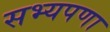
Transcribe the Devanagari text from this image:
सभ्यपणा